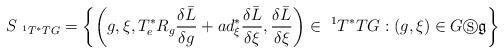
LaTeX: \begin{align*}S_{\ ^{1}T^{\ast }TG}=\left\{ \left( g,\xi ,T_{e}^{\ast}R_{g}\frac{\delta\bar{L}}{\delta g}+ad_{\xi }^{\ast }\frac{\delta \bar{L}}{\delta \xi },\frac{\delta \bar{L}}{\delta \xi }\right) \in \ ^{1}T^{\ast }TG:\left(g,\xi \right) \in G\circledS \mathfrak{g}\right\} \end{align*}